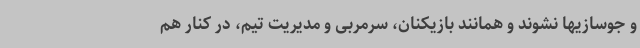
و جوسازیها نشوند و همانند بازیکنان، سرمربی و مدیریت تیم، در کنار هم